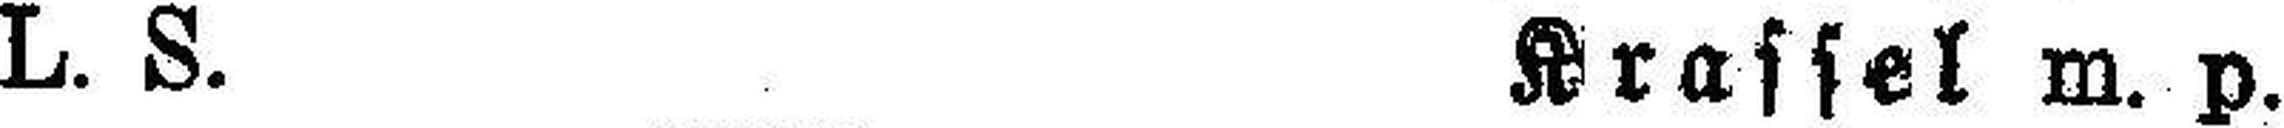
L. S. Krassel m. p.